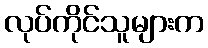
လုပ်ကိုင်သူများက